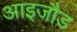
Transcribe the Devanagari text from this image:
आइजौड